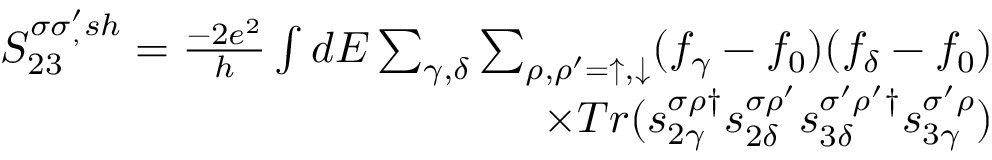
\begin{array} { r } { { S _ { 2 3 } ^ { \sigma \sigma _ { , } ^ { \prime } s h } = \frac { - 2 e ^ { 2 } } { h } \int d E \sum _ { \gamma , \delta } \sum _ { \rho , \rho ^ { \prime } = \uparrow , \downarrow } ( f _ { \gamma } - f _ { 0 } ) ( f _ { \delta } - f _ { 0 } ) } } \\ { { \times T r ( s _ { 2 \gamma } ^ { \sigma \rho \dagger } s _ { 2 \delta } ^ { \sigma \rho ^ { \prime } } s _ { 3 \delta } ^ { \sigma ^ { \prime } \rho ^ { \prime } \dagger } s _ { 3 \gamma } ^ { \sigma ^ { \prime } \rho } ) } } \end{array}